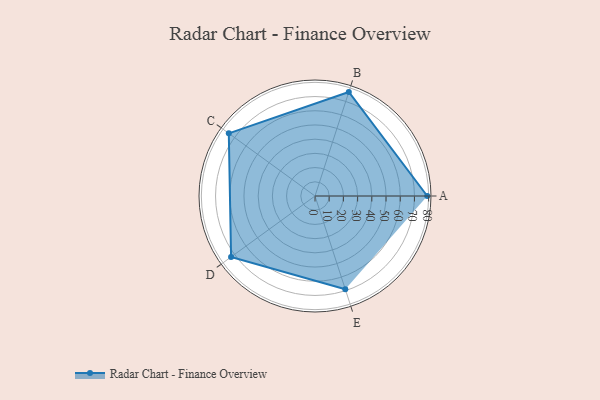
{"axis": {"x": "Skill", "y": "Score"}, "legend": ["Profile"], "data": [{"x": "A", "y": 79.0, "type": "Profile"}, {"x": "B", "y": 77.0, "type": "Profile"}, {"x": "C", "y": 75.0, "type": "Profile"}, {"x": "D", "y": 73.0, "type": "Profile"}, {"x": "E", "y": 69.0, "type": "Profile"}]}